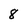
Character: 8